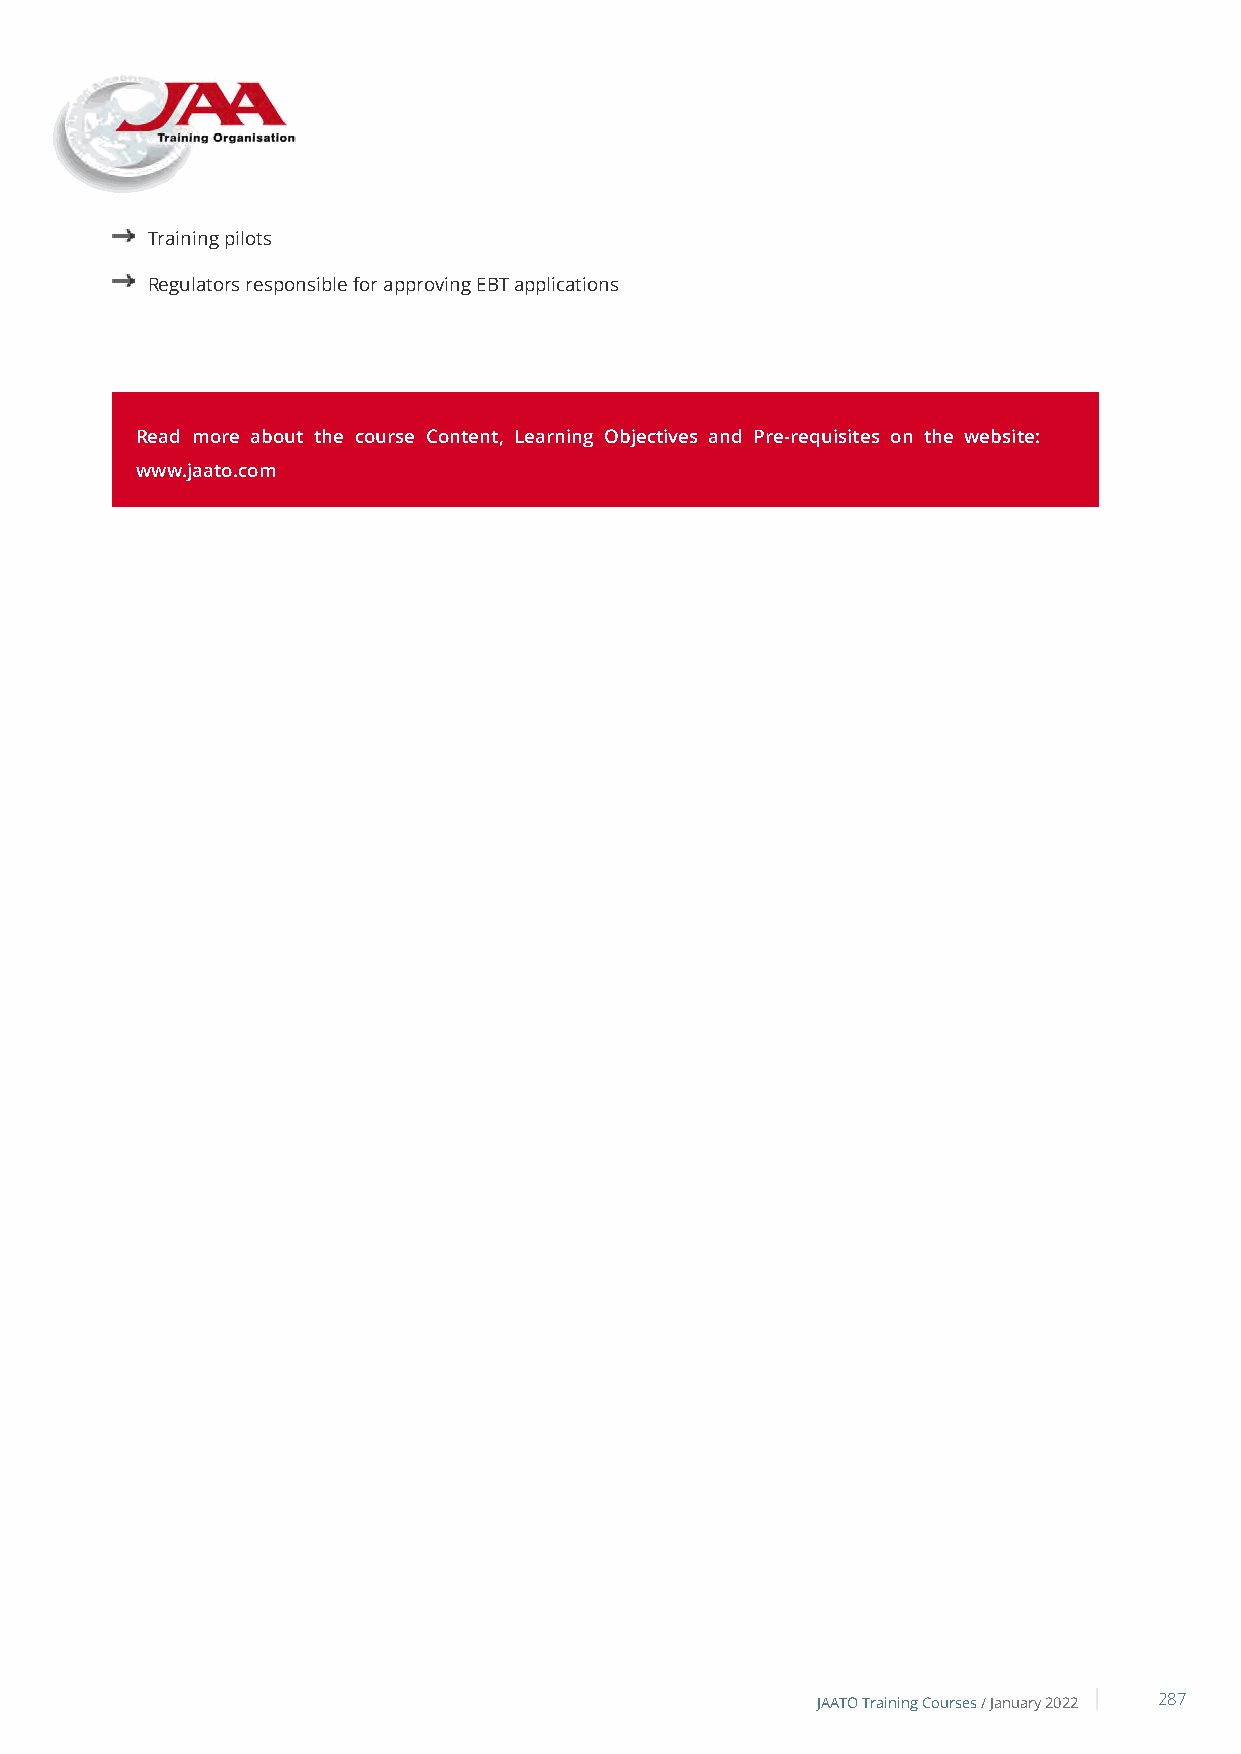
Training pilots
 Regulators responsible for approving EBT applications
 Read more about the course Content, Learning Objectives and Pre-requisites on the website:
 www.jaato.com
 JAATO Training Courses /January 2022 287